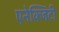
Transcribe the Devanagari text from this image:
एनेक्जिटी